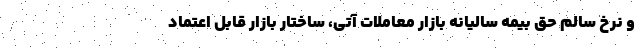
و نرخ سالم حق بیمه سالیانه بازار معاملات آتی، ساختار بازار قابل اعتماد